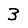
Digit: 3